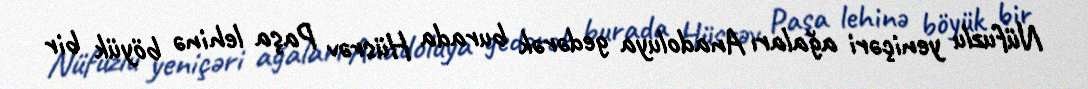
Nüfuzlu yeniçəri ağaları Anadoluya gedərək burada Hüsrəv Paşa lehinə böyük bir